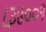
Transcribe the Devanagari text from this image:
८३४००१